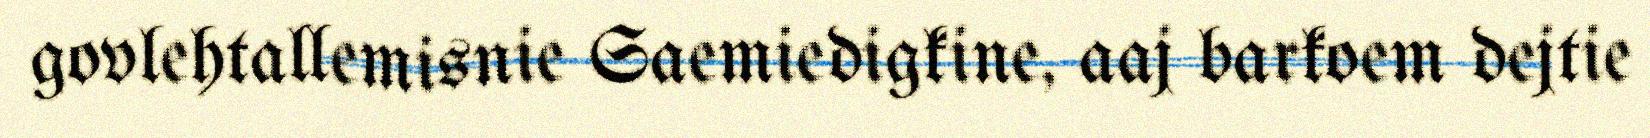
govlehtallemisnie Saemiedigkine, aaj barkoem dejtie